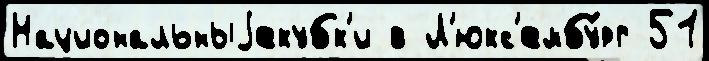
Национальныjекубк'и в Л'юкс'ембу́рг 51